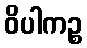
ဝိပါကဉ္စ